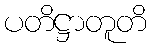
ပတိဋ္ဌာတူတိ